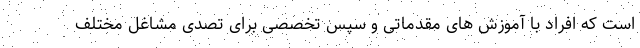
است که افراد با آموزش های مقدماتی و سپس تخصصی برای تصدی مشاغل مختلف